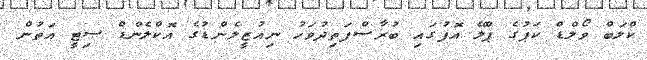
ކްލަބް ވޯލްޑް ކަޕުގެ ޕްލޭ އޮފުގައި ބުރާސްފަތިދުވަހު ނިއުޒީލެންޑުގެ އޮކްލެންޑް ސިޓީ އަތުން